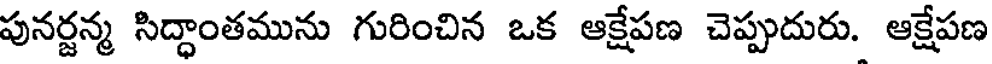
పునర్జన్మ సిద్ధాంతమును గురించిన ఒక ఆక్షేపణ చెప్పుదురు. ఆక్షేపణ